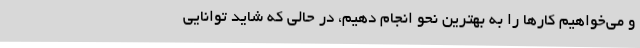
و می‌خواهیم کارها را به بهترین نحو انجام دهیم، در حالی که شاید توانایی